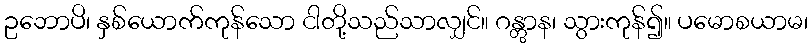
ဥဘောပိ၊ နှစ်ယောက်ကုန်သော ငါတို့သည်သာလျှင်။ ဂန္တွာန၊ သွားကုန်၍။ ပမောစယာမ၊